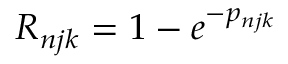
R _ { n j k } = 1 - e ^ { - p _ { n j k } }